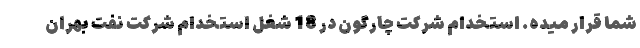
شما قرار میده. استخدام شرکت چارگون در 18 شغل استخدام شرکت نفت بهران